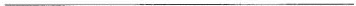
___